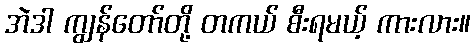
အဲဒါ ကျွန်တော်တို့ တကယ် စီးရမယ့် ကားလား။